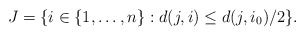
\begin{align*} J=\{ i\in \{1,\ldots,n\}:d(j,i)\leq d(j,i_0)/2\}.\end{align*}